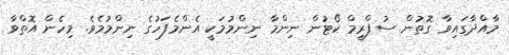
މާއްދާގައިވާ ގޮތުން ސުޕްރީމް ކޯޓުން ނިންމާ ނިންމުމަކީ އެންމެފަހުގެ ނިންމުމެވެ. މިހެން އޮތްވާ